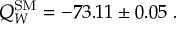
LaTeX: Q _ { W } ^ { \mathrm { S M } } = - 7 3 . 1 1 \pm 0 . 0 5 \; .